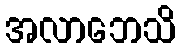
အလာဘေသိ